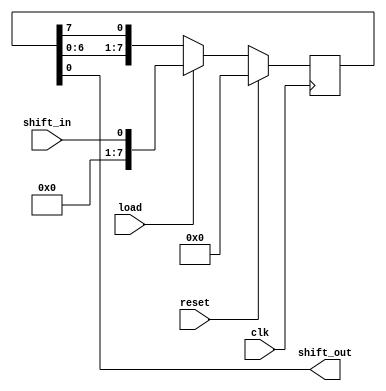
module shift_register(
    input wire clk,
    input wire reset,
    input wire shift_in,
    input wire load,
    output reg shift_out
);

reg [7:0] data;

always @(posedge clk) begin
    if (reset) begin
        data <= 8'b00000000;
    end else begin
        if (load) begin
            data <= shift_in;
        end else begin
            data <= {data[6:0], data[7]};
        end
    end
end

assign shift_out = data[0];

endmodule